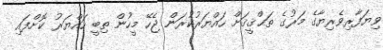
ވިޔަފާރިވެރިޔާގެ މަރުގެ ތަޙްޤީޤަށް ހައްޔަރުކުރަން ޖެހޭ މީހުން ތިބީ ހައްޔަރު ކޮށްފައި